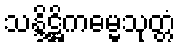
သန္ဒိဋ္ဌိကဓမ္မသုတ္တံ